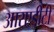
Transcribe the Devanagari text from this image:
आरएडीटी